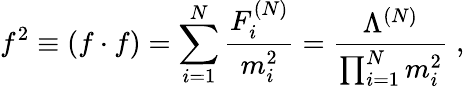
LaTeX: f^{2}\equiv(f\cdot f)=\sum_{i=1}^{N}\frac{F_{i}^{(N)}}{m_{i}^{2}}=\frac{\Lambda^{(N)}}{\prod_{i=1}^{N}m_{i}^{2}}\; ,